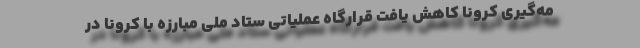
مه‌گیری کرونا کاهش یافت قرارگاه عملیاتی ستاد ملی مبارزه با کرونا در